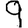
Digit: 9